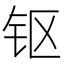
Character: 𰽜